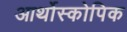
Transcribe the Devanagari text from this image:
आर्थोस्कोपिक